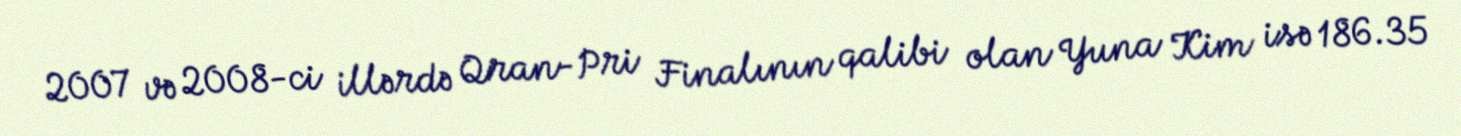
2007 və 2008-ci illərdə Qran-Pri Finalının qalibi olan Yuna Kim isə 186.35